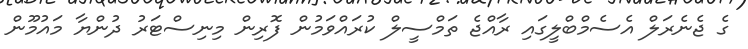
ގެ ޖެނެރަލް އެސެމްބްލީގައި ރާއްޖެ ތަމްސީލް ކުރައްވަމުން ފޮރިން މިނިސްޓަރު ދުންޔާ މައުމޫން